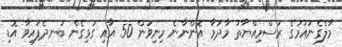
މާލެގެނައުމުގެ ރަސްމިއްޔާތު މާދަމާ އޮންނާނެ މިނިވަން 50 އާއި ގުޅިގެން ބަނދެފައިވާ އޮޑި